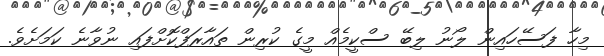
މިހާ ފަސޭހައިން ލޯނު ލިބޭ ސްކީމެއް މީގެ ކުރިން ތައާރަފްކޮށްފައި ނުވާނެ ކަމަށެވެ.